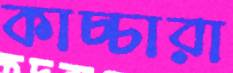
কাচ্চারা